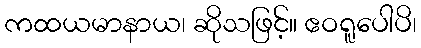
ကထယမာနာယ၊ ဆိုသဖြင့်။ ဧဝရူပေါပိ၊